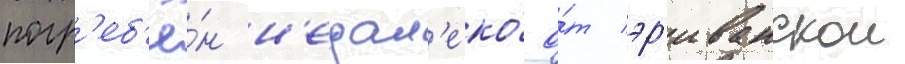
погр'еб'ё́н н'едал'еко́ о́т эр'иванскои